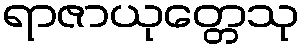
ရာဇာယုတ္တေသု